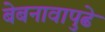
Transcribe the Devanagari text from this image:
बेबनावापुढे